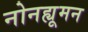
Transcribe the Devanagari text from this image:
नोनह्यूमन